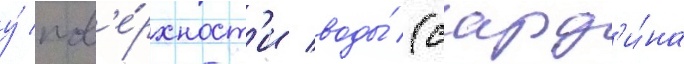
у́ пов'е́рхност'и воды́ (сард'и́на